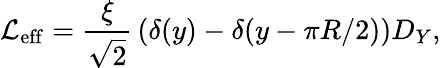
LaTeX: {\cal L}_{\mathrm{eff}}={\frac{\xi}{\sqrt{2}}}\left(\delta(y)-\delta(y-\pi R/2)\right)D_{Y},